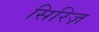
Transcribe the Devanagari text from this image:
सिरिज़